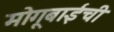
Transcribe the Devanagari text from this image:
मोगूबाईंची